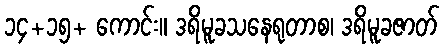
၁၄+၁၅+ ကောင်း။ ဒရိမူခသနေရုတာစ၊ ဒရိမူခဇာတ်